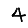
Digit: 4